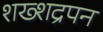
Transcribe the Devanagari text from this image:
शख्शद्रपन